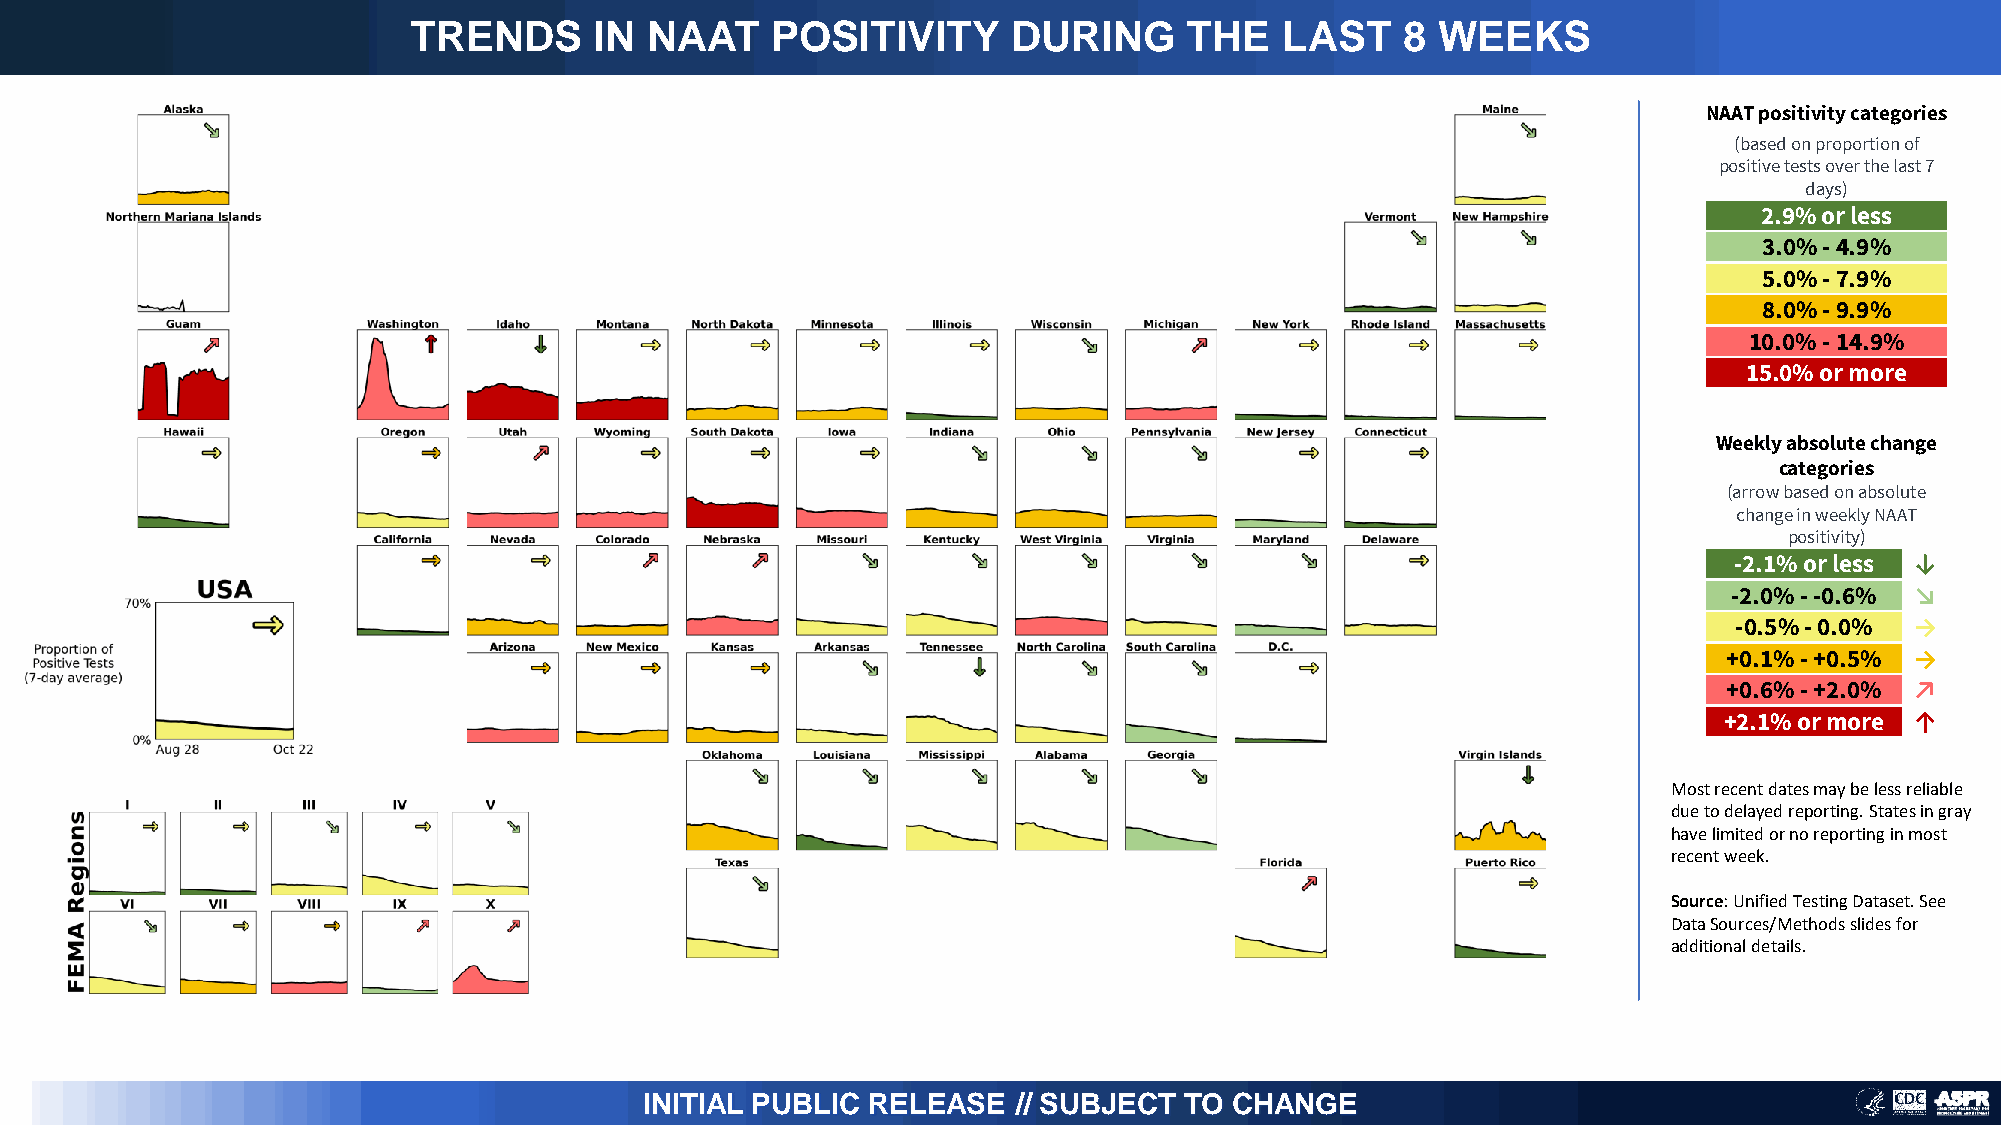
TRENDS      IN  NAAT    POSITIVITY      DURING      THE   LAST    8 WEEKS
 NAAT positivity categories
 (based on proportion of
 positive tests over the last 7
 days)
 2.9% or less
 3.0% -4.9%
 5.0% -7.9%
 8.0% -9.9%
 10.0% -14.9%
 15.0% or more
 Weekly absolute change
 categories
 (arrow based on absolute
 change in weekly NAAT
 positivity)
 -2.1% or less ↓
 -2.0% --0.6% ↘
 -0.5% -0.0% →
 +0.1% -+0.5% →
 +0.6% -+2.0% ↗
 +2.1% or more ↑
 Most recent dates may be less reliable
 due to delayed reporting. States in gray
 have limited or no reporting in most
 recent week.
 Source: Unified Testing Dataset. See
 Data Sources/Methods slides for
 additional details.
 INITIAL PUBLIC RELEASE  // SUBJECT TO  CHANGE